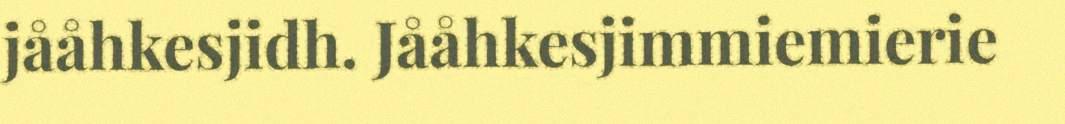
jååhkesjidh. Jååhkesjimmiemierie